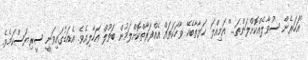
''އަހަރެން ސުވާލެެއްކޮށްލަންތަ...'' އަމިއްލަ ޚަޔާތާބެހޭ ވާހަކަތައް އެއްފަރާތްކޮށްލަމުން ބަތޫލް އަހާލިއެވެ. އެއަޑުގައިވަނީ ސީރިޔަސްކަމެވެ.